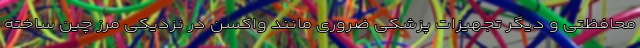
محافظتی و دیگر تجهیزات پزشکی ضروری مانند واکسن در نزدیکی مرز چین ساخته